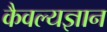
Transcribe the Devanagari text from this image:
कैवल्यज्ञान